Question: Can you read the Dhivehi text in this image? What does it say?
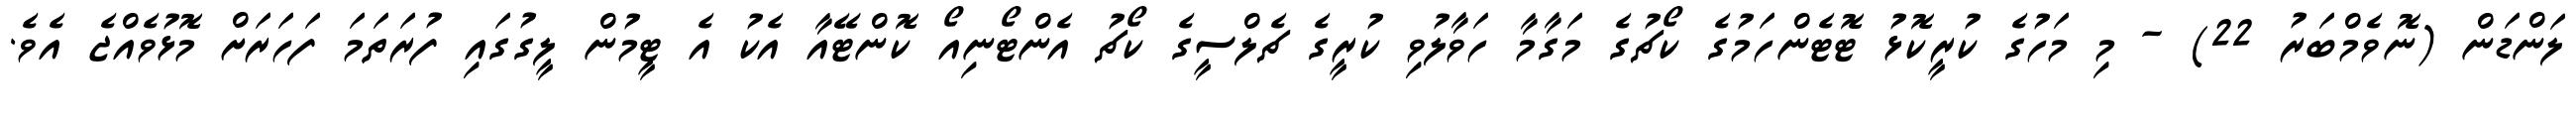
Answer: ލަންޑަން (ނޮވެމްބަރު 22) - މި މަހުގެ ކުރީކޮޅު ޓޮޓެންހަމުގެ ކޯޗުގެ މަގާމާ ހަވާލުވި ކުރީގެ ޗެލްސީގެ ކޯޗު އެންޓޯނިއޯ ކޮންޓޭއާ އެކު އެ ޓީމުން ލީގުގައި ފުރަތަމަ ފަހަރަށް މޮޅުވެއްޖެ އެވެ.